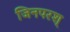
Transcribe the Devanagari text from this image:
जिनपरश्